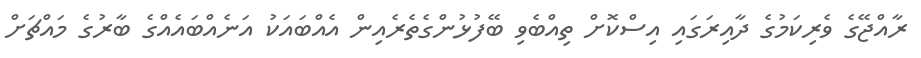
ރާއްޖޭގެ ވެރިކަމުގެ ދާއިރަގައި އިސްކޮށް ތިއްބެވި ބޭފުޅުންގެތެރެއިން އެއްބައަކު އަނެއްބައެއްގެ ބާރުގެ މައްޗަށް